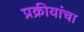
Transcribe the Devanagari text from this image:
प्रक्रीयांचा